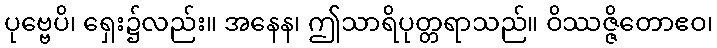
ပုဗ္ဗေပိ၊ ရှေး၌လည်း။ အနေန၊ ဤသာရိပုတ္တရာသည်။ ဝိဿဇ္ဇိတောဧဝ၊